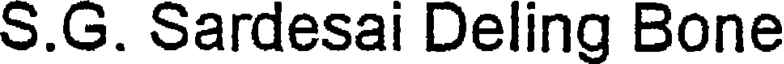
S.G. Sardesai Deling Bone